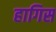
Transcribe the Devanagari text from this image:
हागिस